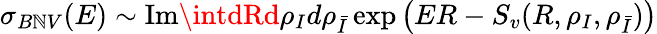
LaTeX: \sigma_{B\mathbb{N}V}(E)\sim\mathrm{{Im}}\intdRd\rho_{I}d\rho_{\bar{{I}}}\exp\left(ER-S_{v}(R,\rho_{I},\rho_{\bar{{I}}})\right)